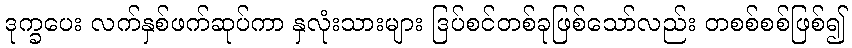
ဒုက္ခပေး လက်နှစ်ဖက်ဆုပ်ကာ နှလုံးသားများ ဒြပ်စင်တစ်ခုဖြစ်သော်လည်း တစစ်စစ်ဖြစ်၍